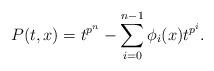
LaTeX: \begin{align*}P(t,x)=t^{p^n}-\sum_{i=0}^{n-1}\phi_i(x)t^{p^i}.\end{align*}